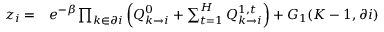
\begin{array} { r l } { z _ { i } = } & { { } e ^ { - \beta } \prod _ { k \in \partial i } \left( Q _ { k \rightarrow i } ^ { 0 } + \sum _ { t = 1 } ^ { H } Q _ { k \rightarrow i } ^ { 1 , t } \right) + G _ { 1 } ( K - 1 , \partial i ) } \end{array}